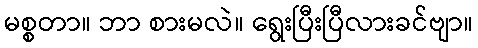
မစ္စတာ။ ဘာ စားမလဲ။ ရွေးပြီးပြီလားခင်ဗျာ။